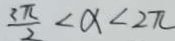
\frac { 2 \pi } { 2 } < \alpha < 2 \pi